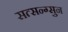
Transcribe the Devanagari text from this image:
सत्सन्ग्सुन